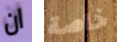
ان خاصة